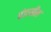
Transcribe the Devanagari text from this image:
बंडातील